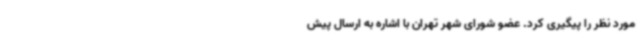
مورد نظر را پیگیری کرد. عضو شورای شهر تهران با اشاره به ارسال پیش